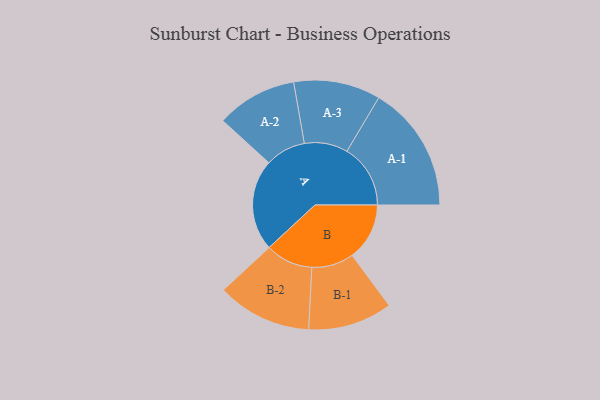
{"axis": {"x": "Segment", "y": "Value"}, "legend": ["", "A", "B"], "data": [{"x": "A", "y": 414, "type": ""}, {"x": "B", "y": 260, "type": ""}, {"x": "A-1", "y": 288, "type": "A"}, {"x": "A-2", "y": 183, "type": "A"}, {"x": "A-3", "y": 197, "type": "A"}, {"x": "B-1", "y": 191, "type": "B"}, {"x": "B-2", "y": 215, "type": "B"}]}